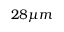
2 8 \mu m